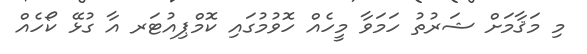
މި މަޤާމަށް ޝަރުތު ހަމަވާ މީހެއް ހޮވުމުގައި ކޮމްޕިއުޓަރ އާ ގުޅޭ ކޯހެއް